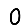
Digit: 0